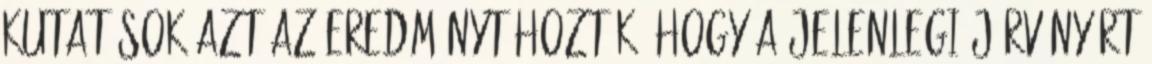
kutatások azt az eredményt hozták, hogy a jelenlegi járványért